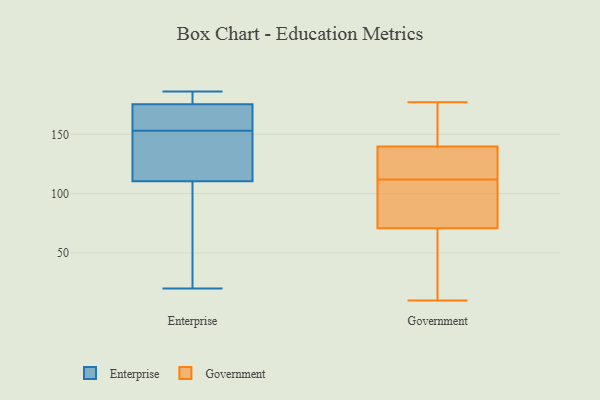
{"axis": {"x": "Tickets Resolved", "y": "Value"}, "legend": ["Enterprise", "Government"], "data": [{"x": "", "y": 102, "type": "Enterprise"}, {"x": "", "y": 186, "type": "Enterprise"}, {"x": "", "y": 153, "type": "Enterprise"}, {"x": "", "y": 176, "type": "Enterprise"}, {"x": "", "y": 37, "type": "Enterprise"}, {"x": "", "y": 183, "type": "Enterprise"}, {"x": "", "y": 173, "type": "Enterprise"}, {"x": "", "y": 136, "type": "Enterprise"}, {"x": "", "y": 20, "type": "Enterprise"}, {"x": "", "y": 149, "type": "Enterprise"}, {"x": "", "y": 155, "type": "Enterprise"}, {"x": "", "y": 73, "type": "Government"}, {"x": "", "y": 33, "type": "Government"}, {"x": "", "y": 139, "type": "Government"}, {"x": "", "y": 101, "type": "Government"}, {"x": "", "y": 70, "type": "Government"}, {"x": "", "y": 157, "type": "Government"}, {"x": "", "y": 177, "type": "Government"}, {"x": "", "y": 148, "type": "Government"}, {"x": "", "y": 41, "type": "Government"}, {"x": "", "y": 140, "type": "Government"}, {"x": "", "y": 77, "type": "Government"}, {"x": "", "y": 127, "type": "Government"}, {"x": "", "y": 112, "type": "Government"}, {"x": "", "y": 132, "type": "Government"}, {"x": "", "y": 10, "type": "Government"}]}